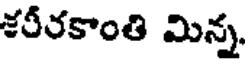
శరీరకాంతి మిన్న.